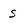
Character: S